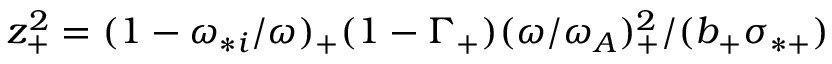
z _ { + } ^ { 2 } = ( 1 - \omega _ { * i } / \omega ) _ { + } ( 1 - \Gamma _ { + } ) ( \omega / \omega _ { A } ) _ { + } ^ { 2 } / ( b _ { + } \sigma _ { * + } )